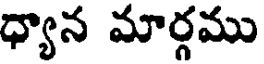
ధ్యాన మార్గము